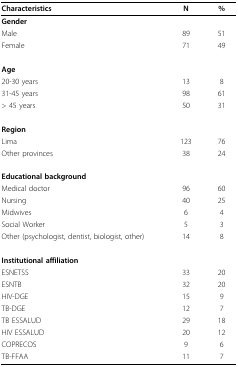
<table><thead><tr><td><b>Characteristics</b></td><td><b>N</b></td><td><b>%</b></td></tr></thead><tbody><tr><td><b>Gender</b></td><td></td><td></td></tr><tr><td>Male</td><td>89</td><td>51</td></tr><tr><td>Female</td><td>71</td><td>49</td></tr><tr><td><b>Age</b></td><td></td><td></td></tr><tr><td>20-30 years</td><td>13</td><td>8</td></tr><tr><td>31-45 years</td><td>98</td><td>61</td></tr><tr><td>&gt; 45 years</td><td>50</td><td>31</td></tr><tr><td><b>Region</b></td><td></td><td></td></tr><tr><td>Lima</td><td>123</td><td>76</td></tr><tr><td>Other provinces</td><td>38</td><td>24</td></tr><tr><td><b>Educational background</b></td><td></td><td></td></tr><tr><td>Medical doctor</td><td>96</td><td>60</td></tr><tr><td>Nursing</td><td>40</td><td>25</td></tr><tr><td>Midwives</td><td>6</td><td>4</td></tr><tr><td>Social Worker</td><td>5</td><td>3</td></tr><tr><td>Other (psychologist, dentist, biologist, other)</td><td>14</td><td>8</td></tr><tr><td><b>Institutional affiliation</b></td><td></td><td></td></tr><tr><td>ESNETSS</td><td>33</td><td>20</td></tr><tr><td>ESNTB</td><td>32</td><td>20</td></tr><tr><td>HIV-DGE</td><td>15</td><td>9</td></tr><tr><td>TB-DGE</td><td>12</td><td>7</td></tr><tr><td>TB ESSALUD</td><td>29</td><td>18</td></tr><tr><td>HIV ESSALUD</td><td>20</td><td>12</td></tr><tr><td>COPRECOS</td><td>9</td><td>6</td></tr><tr><td>TB-FFAA</td><td>11</td><td>7</td></tr></tbody></table>